Vaccination United Provinces of Agra and Oudh 1902-1913 - 1902-1913
Year: 1902
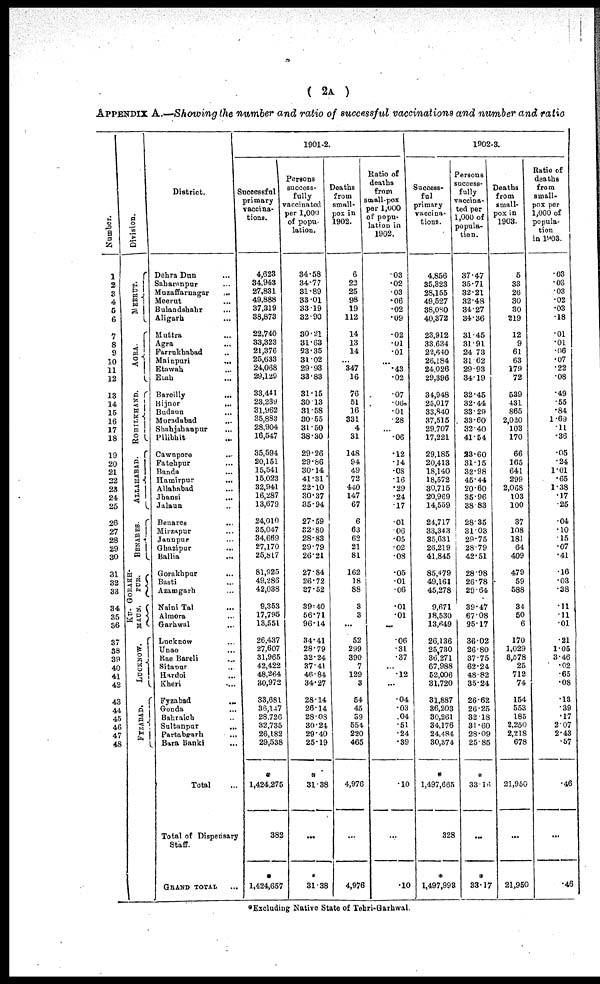
( 2A )
APPENDIX A.—Showing the number and ratio of successful vaccinations and number and ratio
Number.
1
2
3
4
5
6
7
8
9
10
11
12
13
14
15
16
17
18
19
20
21
22
23
24
25
26
27
28
29
30
31
32
33
34
35
36
37
38
39
40
41
42
43
44
45
46
47
48
Division.
MEERUT.
AGRA.
ROHILKHAND.
ALLAHABAD.
BENARES.
GORAKH-
PUR.
KU-
MAUN.
LUOKNOW.
FYZABAD.
District.
Dehra Dun ...
Saharanpur ...
Muzaffarnagar
...
Meerut ...
Bulandshahr ...
Aligarh ...
Muttra ...
Agra ...
Farrukhabad ...
Mainpuri
...
Etawah ...
Etah ...
Bareilly
...
Bijnor ...
Budaun ...
Moradabad ...
Shahjahanpur ...
Pilibhit ...
Cawnpore ...
Fatehpur ...
Banda ...
Hamirpur ...
Allahabad ...
Jhansi ...
Jalaun ...
Benares ...
Mirzapur ...
Jaunpur ...
Ghazipur ...
Ballia ...
Gorakhpur ...
Basti ...
Azamgarh ...
Naini Tal ...
Almora ...
Garhwal ...
Lucknow ...
Unao ...
Rae Bareli ...
Sitapur ...
Hardoi ...
Kheri ...
Fyzabad ...
Gonda
...
Bahraich ...
Sultanpur
...
Partabgarh ...
Bara Banki
...
Total ...
Total of Dispensary
Staff.
GRAND TOTAL
1901-2.
Successful
primary
vaccina-
tions.
4,623
34,943
27,831
49,888
37,319
38,873
22,740
33,323
21,376
25,633
24,068
29,129
33,441
23,239
31,962
35,883
28,904
16,547
35,594
20,151
15,541
15,023
32,941
16,287
13,679
24,010
35,047
34,669
27,170
25,817
81,925
49,286
42,038
9,353
17,795
13,551
26,437
27,607
31,965
42,422
48,264
30,972
33,681
36,147
28,726
32,735
26,182
29,538
*
1,424,275
382
*
1,424,657
Persons
success-
fully
vaccinated
per 1,000
of popu-
lation.
34.58
34.77
31.89
33.01
33.19
32.90
30.21
31.63
23.35
31.02
29.93
33.83
31.15
30.13
31.58
30.55
31.50
38.30
29.26
29.86
30.14
41.31
22.10
30.37
35.94
27.59
32.80
28.83
29.79
26.21
27.84
26.72
27.52
39.40
56.71
96.14
34.41
28.79
32.24
37.41
46.84
34.27
28.14
26.14
28.08
30.24
29.40
25.19
*
31.38
...
*
31.38
Deaths
from
small-
pox in
1902.
6
22
25
98
19
112
14
13
14
...
347
16
76
51
16
331
4
31
148
94
49
72
440
147
67
6
63
62
21
81
162
18
88
3
3
...
52
299
390
7
129
3
54
45
39
554
220
465
4,976
...
4,976
Ratio of
deaths
from
small-pox
per 1,000
of popu-
lation in
1902.
.03
.02
.03
.06
.02
.09
.02
.01
.01
...
.43
.02
.07
.06
.01
.28
...
.06
.12
.14
.08
.16
.29
.24
.17
.01
.06
.05
.02
.08
.05
.01
.06
.01
.01
...
.06
.31
.37
...
.12
...
.04
.03
.04
.51
.24
.39
.10
...
.10
1902-3.
Success-
ful
primary
vaccina-
tions.
4,856
35,323
28,155
49,527
38,080
40,372
23,912
33,634
22,640
26,184
24,026
29,396
34,948
25,017
33,840
37,515
29,707
17,221
29,185
20,413
18,140
18,572
30,715
20,969
14,559
24,717
33,343
35,631
26,219
41,845
85,479
49,161
45,278
9,671
18,530
13,649
26,136
25,730
36,271
67,988
52,006
31,720
31,887
36,203
30,261
34,176
24,484
30,374
*
1,497,665
328
*
1,497,998
Persons
success-
fully
vaccina-
ted per
1,000 of
popula-
tion.
37.47
35.71
32.21
32.48
34.27
34.36
31.45
31.91
24.73
31.62
29.93
34.19
32.45
32.44
33.29
33.60
32.40
41.54
23.60
31.15
32.98
45.44
20.60
35.96
38.83
28.35
31.03
29.75
28.79
42.51
28.98
26.78
29.64
39.47
67.08
95.17
36.02
26.80
37.75
62.24
48.82
35.24
26.62
26.25
32.18
31.60
28.09
25.85
*
33.16
...
*
33.17
Deaths
from
small-
pox in
1903.
5
33
26
30
30
219
12
9
61
63
179
72
539
431
865
2,020
103
170
66
165
641
299
2,068
103
100
37
108
181
64
409
479
59
588
34
50
6
170
1,029
8,578
25
712
74
154
553
185
2,250
2,218
678
21,950
...
21,950
Ratio of
deaths
from
small-
pox per
1,000 of
popula-
tion
in 1903.
.03
.03
.03
.02
.03
.18
.01
.01
.06
.07
.22
.08
.49
.55
.84
1.69
.11
.36
.05
.24
1.01
.65
1.38
.17
.25
.04
.10
.15
.07
.41
.16
.03
.38
.11
.11
.01
.21
1.05
3.46
.02
.65
.08
.13
.39
.17
2.07
2.43
.57
.46
...
.46
*Excluding Native State of Tehri-Garhwal.